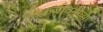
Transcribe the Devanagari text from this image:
लोकजीवनाच्या